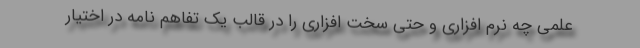
علمی چه نرم افزاری و حتی سخت افزاری را در قالب یک تفاهم نامه در اختیار